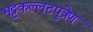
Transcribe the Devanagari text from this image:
भट्टकल्लटपुत्रेण